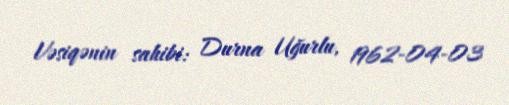
Vəsiqənin sahibi: Durna Uğurlu, 1962-04-03